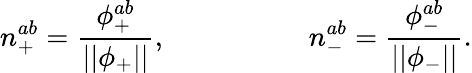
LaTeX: n_{+}^{ab}=\frac{\phi_{+}^{ab}}{||\phi_{+}||},\quad\quad\quad\quad\quad n_{-}^{ab}=\frac{\phi_{-}^{ab}}{||\phi_{-}||}.